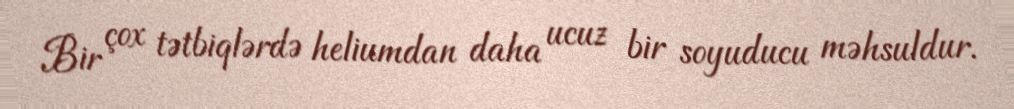
Bir çox tətbiqlərdə heliumdan daha ucuz bir soyuducu məhsuldur.